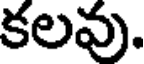
కలవు.